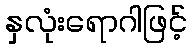
နှလုံးရောဂါဖြင့်